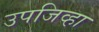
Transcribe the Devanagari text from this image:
उपजिव्हा